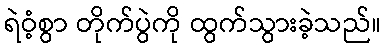
ရဲဝံ့စွာ တိုက်ပွဲကို ထွက်သွားခဲ့သည်။